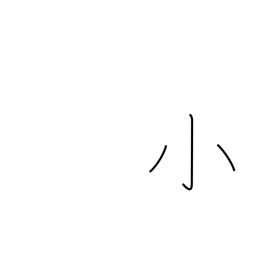
Meaning: little